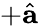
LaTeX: +\hat{{\mathbf a}}